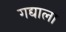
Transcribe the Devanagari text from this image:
गद्याला